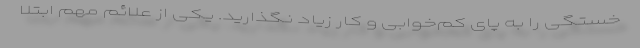
خستگی را به پای کم‌خوابی و کار زیاد نگذارید. یکی از علائم مهم ابتلا